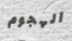
الهجوم